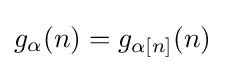
g_{\alpha }(n)=g_{\alpha [n]}(n)